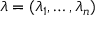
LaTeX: { \boldsymbol { \lambda } } = ( \lambda _ { 1 } , \ldots , \lambda _ { n } )